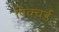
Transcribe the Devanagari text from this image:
पिक्चर्ड